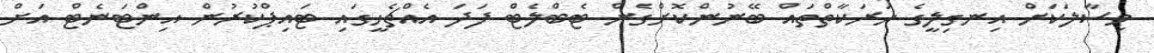
މިސާލަކަށް އިނގިލީގެ ހަރަކާތްތައް ބޭނުންކޮށްގެން ޓެބްލެޓް ފަދަ އެއްޗެހީގައި ޓައިޕްކުރުން އިންޓަނެޓް އަށް